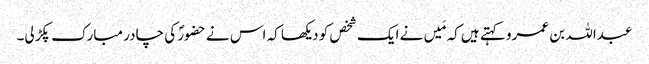
عبداللہ بن عمرو کہتے ہیں کہ مَیں نے ایک شخص کو دیکھا کہ اس نے حضورؐ کی چادر مبارک پکڑ لی۔